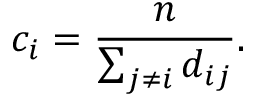
c _ { i } = \frac { n } { \sum _ { j \neq i } d _ { i j } } .